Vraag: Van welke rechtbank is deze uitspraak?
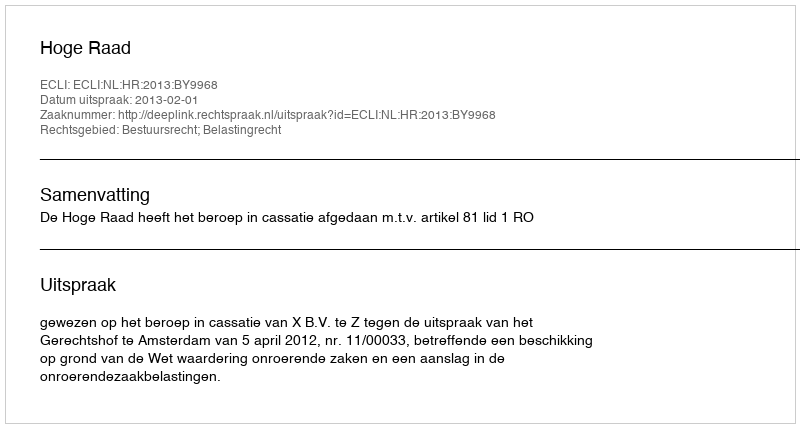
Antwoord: Hoge Raad